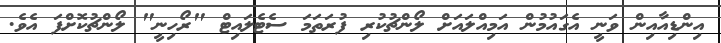
އިންޑިއާއިން ވަނީ އެގައުމުން އަމިއްލައަށް ލޯންޗުކުރި ފުރަތަމަ ސެޓެލައިޓް "ރޯހިނީ" ލޯންޗުކޮށްފަ އެވެ.